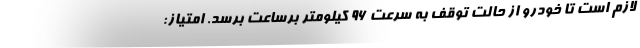
لازم است تا خودرو از حالت توقف به سرعت 96 کیلومتر برساعت برسد. امتیاز: